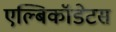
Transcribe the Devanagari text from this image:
एल्बिकॉडेटस